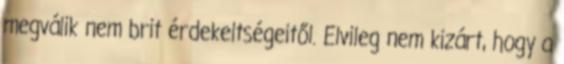
megválik nem brit érdekeltségeitől. Elvileg nem kizárt, hogy a